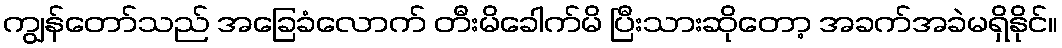
ကျွန်တော်သည် အခြေခံလောက် တီးမိခေါက်မိ ပြီးသားဆိုတော့ အခက်အခဲမရှိနိုင်။